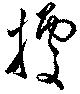
據